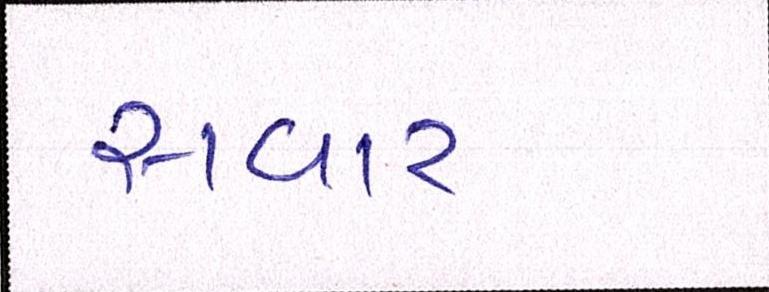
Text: સવાર